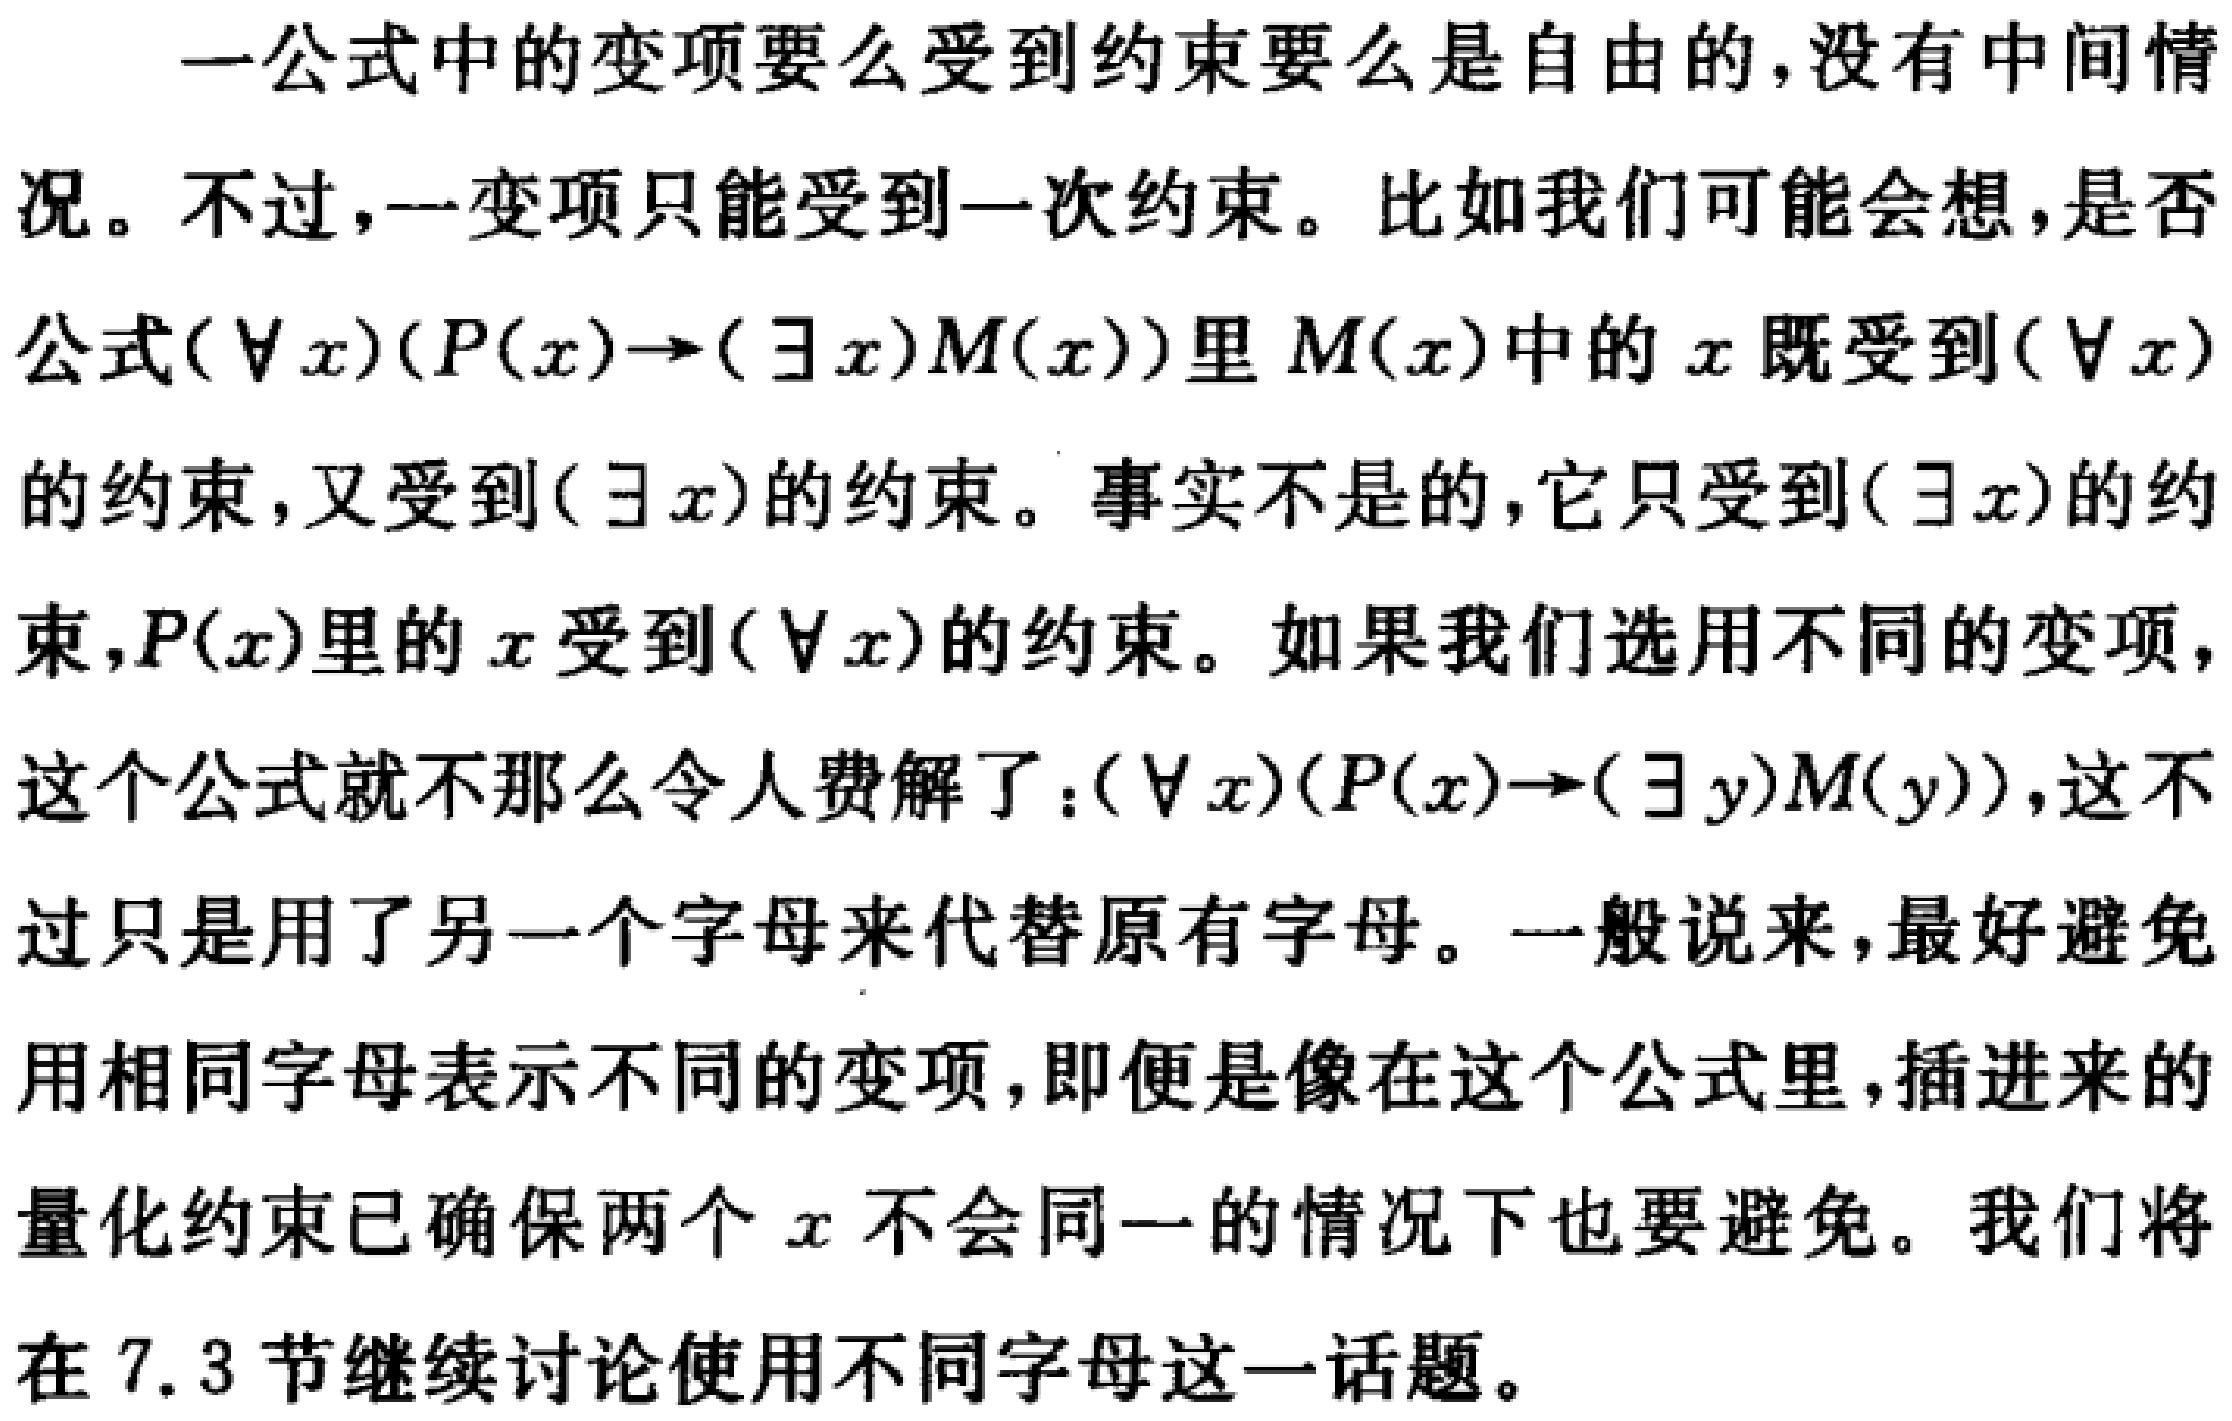
一公式中的变项要么受到约束要么是自由的,没有中间情况。不过,一变项只能受到一次约束。比如我们可能会想,是否公式$(\forall x)(P(x)\to(\exists x)M(x))$里$M(x)$中的$x$既受到$(\forall x)$的约束,又受到$(\exists x)$的约束。事实不是的,它只受到$(\exists x)$的约束,$P(x)$里的$x$受到$(\forall x)$的约束。如果我们选用不同的变项,这个公式就不那么令人费解了：$(\forall x)(P(x)\to(\exists y)M(y))$,这不过只是用了另一个字母来代替原有字母。一般说来,最好避免用相同字母表示不同的变项,即便是像在这个公式里,插进来的量化约束已确保两个$x$不会同一的情况下也要避免。我们将在7.3节继续讨论使用不同字母这一话题。